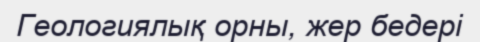
Геологиялық орны, жер бедері